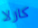
كارلا